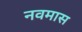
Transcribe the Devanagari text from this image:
नवमास